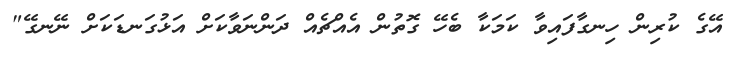
އޭގެ ކުރިން ހިނގާފައިވާ ކަމަކާ ބެހޭ ގޮތުން އެއްޗެއް ދަންނަވާކަށް އަޅުގަނޑަކަށް ނޭނގޭ"